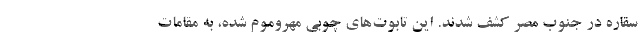
سقاره در جنوب مصر کشف شدند. این تابوت‌های چوبی مهروموم شده، به مقامات